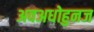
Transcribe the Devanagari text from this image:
अवअधोहुनज